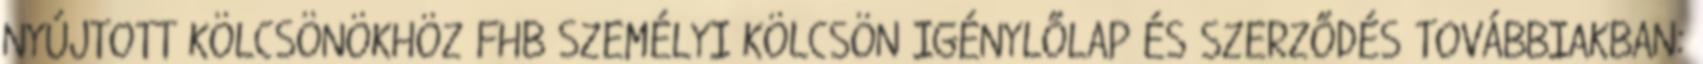
NYÚJTOTT KÖLCSÖNÖKHÖZ FHB SZEMÉLYI KÖLCSÖN IGÉNYLŐLAP ÉS SZERZŐDÉS TOVÁBBIAKBAN: